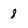
Character: 8